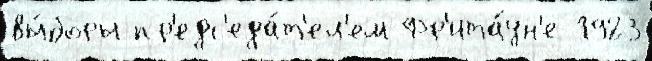
вы́боры пр'едс'еда́т'ел'ем Фр'ита́ун'е 1923